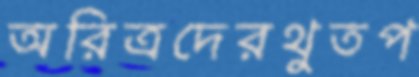
অরিত্রদেরথুতপ